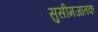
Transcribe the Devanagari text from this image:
सुसीमजातक